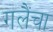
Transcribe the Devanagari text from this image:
गलैंचा